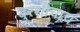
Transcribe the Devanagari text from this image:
बुरशीचाच